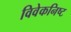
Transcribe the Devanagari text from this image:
विवेकनिष्ट